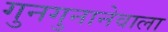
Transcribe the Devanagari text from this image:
गुनगुनानेवाला